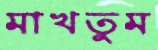
মাখতুম